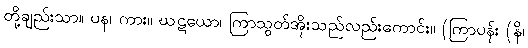
တို့ချည်းသာ။ ပန၊ ကား။ ဃဋယော၊ ကြာသွတ်အိုးသည်လည်းကောင်း။ (ကြာပန်း (နိ၊